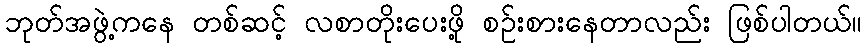
ဘုတ်အဖွဲ့ကနေ တစ်ဆင့် လစာတိုးပေးဖို့ စဉ်းစားနေတာလည်း ဖြစ်ပါတယ်။